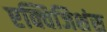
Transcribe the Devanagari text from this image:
एक्विजिशंस